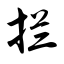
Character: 拦